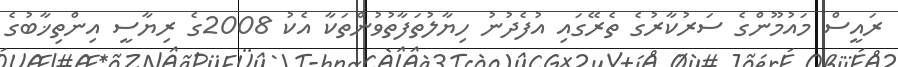
ރައީސް މައުމޫންގެ ސަރުކާރުގެ ތެރޭގައި އުފެދުނު ހިޔާލުތަފާތުވުންތަކާ އެކު 2008ގެ ރިޔާސީ އިންތިޚާބުގެ